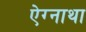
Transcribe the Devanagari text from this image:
ऐग्नाथा